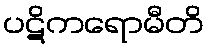
ပဋိကရောမီတိ